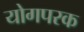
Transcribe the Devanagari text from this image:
योगपरक